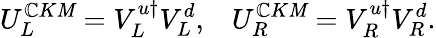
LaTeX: U_{L}^{\mathbb{C}K\mathit{M}}=V_{L}^{u\dagger}V_{L}^{d},\; \; \; U_{R}^{\mathbb{C}K\mathit{M}}=V_{R}^{u\dagger}V_{R}^{d}.